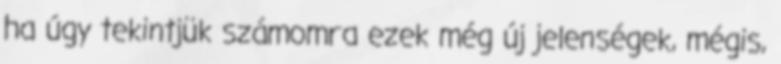
ha úgy tekintjük számomra ezek még új jelenségek, mégis,